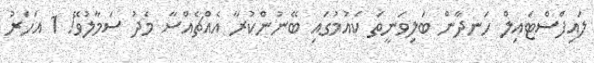
ލައިފްސްޓައިލް ހަނދާން ބަލިވަނީތަ ކެއުމުގައި ބޭނުންކުރާ އެއްޗެއްސާ މެދު ސަމާލުވޭ! 1 އަހަރު